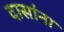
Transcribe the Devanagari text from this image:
दासांना